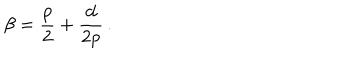
LaTeX: \beta = { \frac { p } { 2 } } + { \frac { d } { 2 p } } \, .